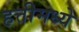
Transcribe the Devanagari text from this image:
हत्तीमध्ये